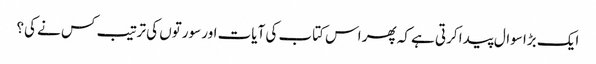
ایک بڑا سوال پیدا کرتی ہے کہ پھر اس کتاب کی آیات اور سورتوں کی ترتیب کس نے کی؟